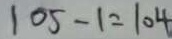
1 0 5 - 1 = 1 0 4